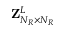
{ \mathbf { Z } } _ { N _ { R } \times N _ { R } } ^ { L }